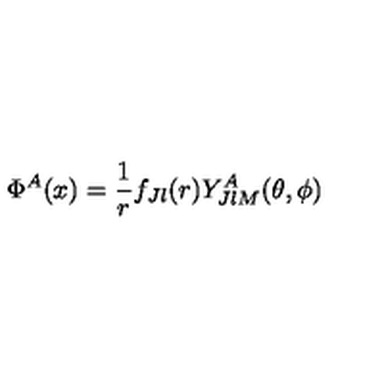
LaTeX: \Phi ^ { A } ( x ) = { \frac { 1 } { r } } f _ { J l } ( r ) Y _ { J l M } ^ { A } ( \theta , \phi )